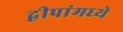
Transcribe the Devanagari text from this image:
द्वीपांमध्ये